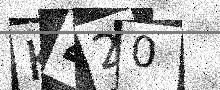
Text: K420